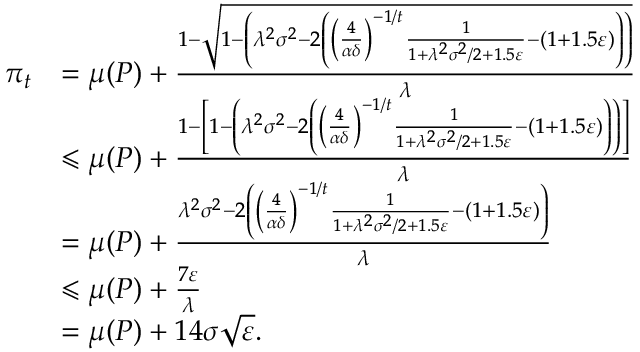
\begin{array} { r l } { \pi _ { t } } & { = \mu ( P ) + \frac { 1 - \sqrt { 1 - \left( \lambda ^ { 2 } \sigma ^ { 2 } - 2 \left( \left( \frac { 4 } { \alpha \delta } \right) ^ { - 1 / t } \frac { 1 } { 1 + \lambda ^ { 2 } \sigma ^ { 2 } / 2 + 1 . 5 \varepsilon } - ( 1 + 1 . 5 \varepsilon ) \right) \right) } } { \lambda } } \\ & { \leqslant \mu ( P ) + \frac { 1 - \left[ 1 - \left( \lambda ^ { 2 } \sigma ^ { 2 } - 2 \left( \left( \frac { 4 } { \alpha \delta } \right) ^ { - 1 / t } \frac { 1 } { 1 + \lambda ^ { 2 } \sigma ^ { 2 } / 2 + 1 . 5 \varepsilon } - ( 1 + 1 . 5 \varepsilon ) \right) \right) \right] } { \lambda } } \\ & { = \mu ( P ) + \frac { \lambda ^ { 2 } \sigma ^ { 2 } - 2 \left( \left( \frac { 4 } { \alpha \delta } \right) ^ { - 1 / t } \frac { 1 } { 1 + \lambda ^ { 2 } \sigma ^ { 2 } / 2 + 1 . 5 \varepsilon } - ( 1 + 1 . 5 \varepsilon ) \right) } { \lambda } } \\ & { \leqslant \mu ( P ) + \frac { 7 \varepsilon } { \lambda } } \\ & { = \mu ( P ) + 1 4 \sigma \sqrt { \varepsilon } . } \end{array}